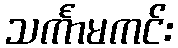
သင်္ကာမကင်း